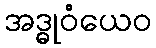
အဒ္ဓုဝံယေဝ